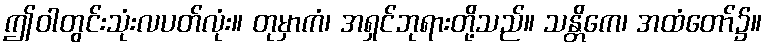
ဤဝါတွင်းသုံးလပတ်လုံး။ တုမှာကံ၊ အရှင်ဘုရားတို့သည်။ သန္တိကေ၊ အထံတော်၌။